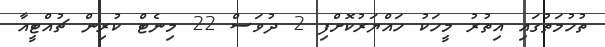
ތުހުމަތުގައި އިތުރު މީހަކު ހައްޔަރުކޮށްފި 2 ދުވަސް 22 މިނެޓް ކުރިން ޗުއްޓީއާ